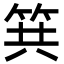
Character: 𥬹